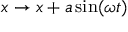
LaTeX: x \to x + a \sin ( \omega t )